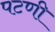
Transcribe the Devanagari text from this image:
पटणी